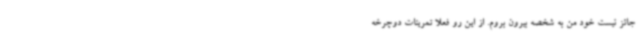
جائز نیست خود من به شخصه بیرون بروم. از این رو فعلا تمرینات دوچرخه